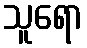
သူရော